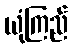
ယုံကြည်